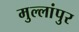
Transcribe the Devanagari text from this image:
मुल्लांपुर